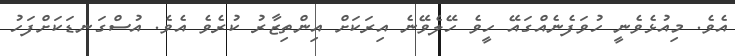
އެވެ. މިއުޅެވެނީ ހުވަފެނެއްގައޭ ހީވެ ހޭލެވޭނެ އިރަކަށް އިންތިޒާރު ކުރެވެ އެވެ. އުސްގަނޑަކަށްފަހު